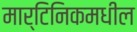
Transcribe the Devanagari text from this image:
मार्टिनिकमधील